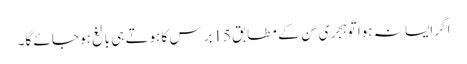
اگر ایسا نہ ہوا تو ہِجری سِن کے مطابِق 15برس کا ہوتے ہی بالغ ہو جائے گا۔